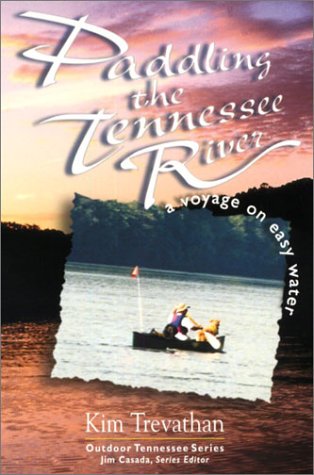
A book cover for Paddling The Tennessee River: A Voyage On Easy Water (Outdoor Tennessee); Kim Trevathan; Travel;